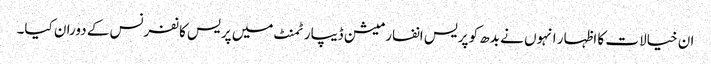
ان خیالات کا اظہار انہوں نے بدھ کو پریس انفارمیشن ڈیپارٹمنٹ میں پریس کانفرنس کے دوران کیا۔